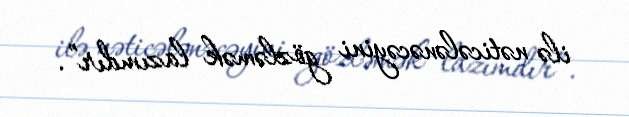
ilə nəticələnəcəyini gözləmək lazımdır”.